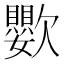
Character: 𣤵